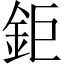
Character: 鉅